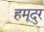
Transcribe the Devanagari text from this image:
हमूदुर